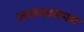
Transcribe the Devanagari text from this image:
आत्मससंयम